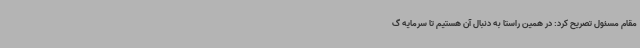
مقام مسئول تصریح کرد: در همین راستا به دنبال آن هستیم تا سرمایه گ